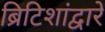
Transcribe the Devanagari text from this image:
ब्रिटिशांद्वारे